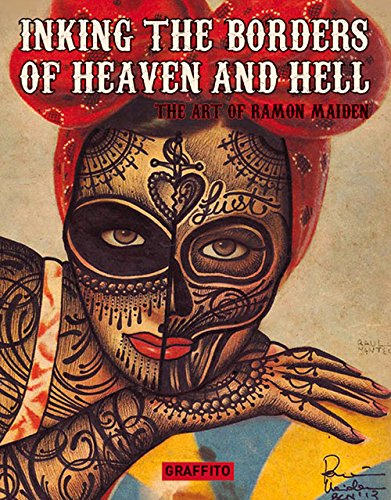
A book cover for INKING THE BORDERS OF HEAVEN AND HELL - The Extraordinary Art of Ramon Maiden; Ramon Maiden; Arts & Photography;